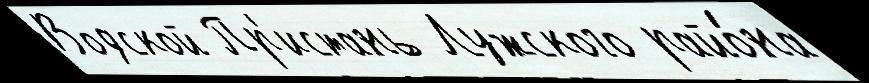
Водской Пр'истань Лужского райо́на